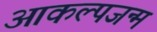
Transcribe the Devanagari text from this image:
आकल्पजन्म